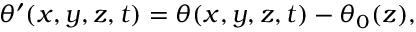
\begin{array} { r } { \theta ^ { \prime } ( x , y , z , t ) = \theta ( x , y , z , t ) - \theta _ { 0 } ( z ) , } \end{array}